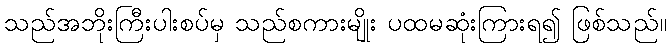
သည်အဘိုးကြီးပါးစပ်မှ သည်စကားမျိုး ပထမဆုံးကြားရ၍ ဖြစ်သည်။